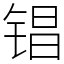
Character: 锠